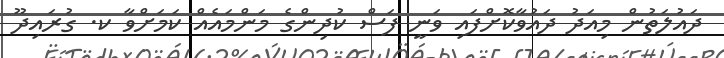
ދައުލަތުން މިއަދު ދައުވާކޮށްފައި ވަނީ ފަސް ކުދިންގެ މަންމައެއް ކަމަށްވާ ކ. ގުރައިދޫ